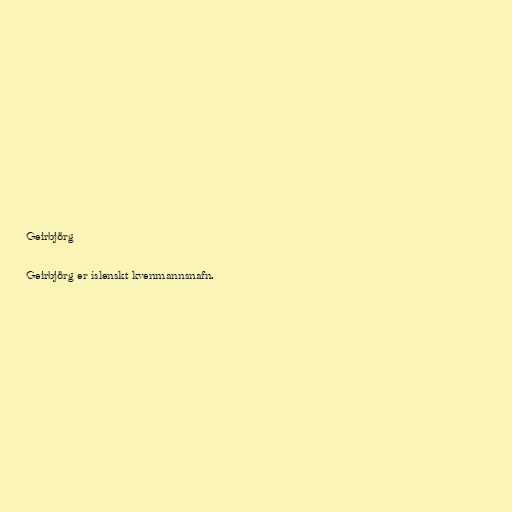
Geirbjörg

Geirbjörg er íslenskt kvenmannsnafn.